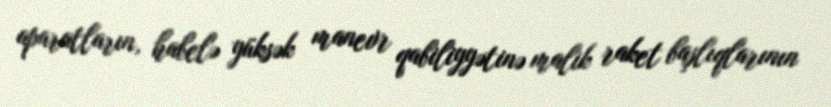
aparatların, habelə yüksək manevr qabiliyyətinə malik raket başlıqlarının